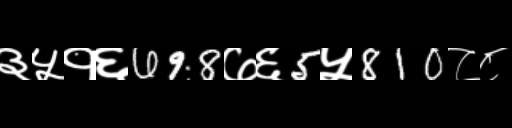
Text: ३५१६698७६5५810८८